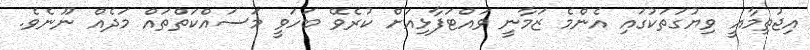
އިޖުތިމާއީ ވިޔުގަތަކުގައި އެންމެ ޒަމާނީ ވައްޓަފާޅިއަށް ކުރެވޭ ބަހަވީ މަސައްކަތްތައް މަދެއް ނޫނެވެ.